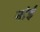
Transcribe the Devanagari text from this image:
नांई